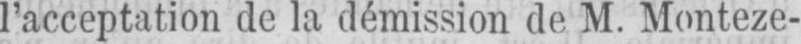
l’acceptation de la démission de M. Monteze-